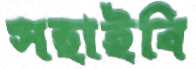
সহাইবি